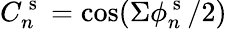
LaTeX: C_{n}^{\mathrm{~s~}}=\cos(\Sigma\phi_{n}^{\mathrm{~s~}}/2)